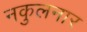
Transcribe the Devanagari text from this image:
नकुलनार